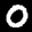
Label: 0